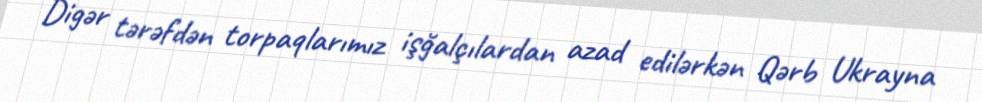
Digər tərəfdən torpaqlarımız işğalçılardan azad edilərkən Qərb Ukrayna